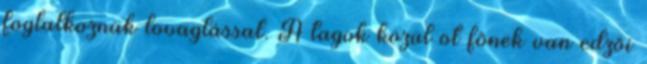
foglalkoznak lovaglással. A tagok közül öt főnek van edzői